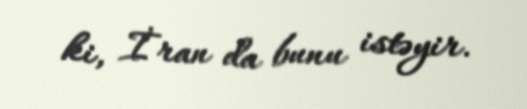
ki, İran da bunu istəyir.